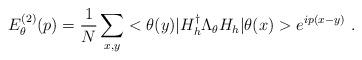
LaTeX: \begin{align*}E_{\theta}^{(2)}(p)=\frac{1}{N}\sum_{x,y}<\theta(y)|H_{h}^{\dag}\Lambda_{\theta}H_{h}|\theta(x)>e^{ip(x-y)}\ .\end{align*}